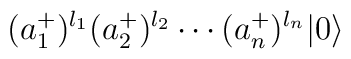
(a_1^+)^{l_1} (a_2^+)^{l_2} \cdots (a_n^+)^{l_n} |0\rangle